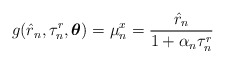
\begin{align*}g_{}(\hat{r}_n,\tau_n^r,\boldsymbol{\theta})=\mu_n^x=\frac{\hat{r}_n}{1+\alpha_n\tau_n^r}\end{align*}